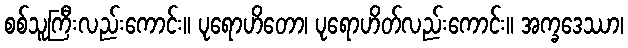
စစ်သူကြီးလည်းကောင်း။ ပုရောဟိတော၊ ပုရောဟိတ်လည်းကောင်း။ အက္ခဒေဿာ၊